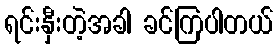
ရင်းနှီးတဲ့အခါ ခင်ကြပါတယ်